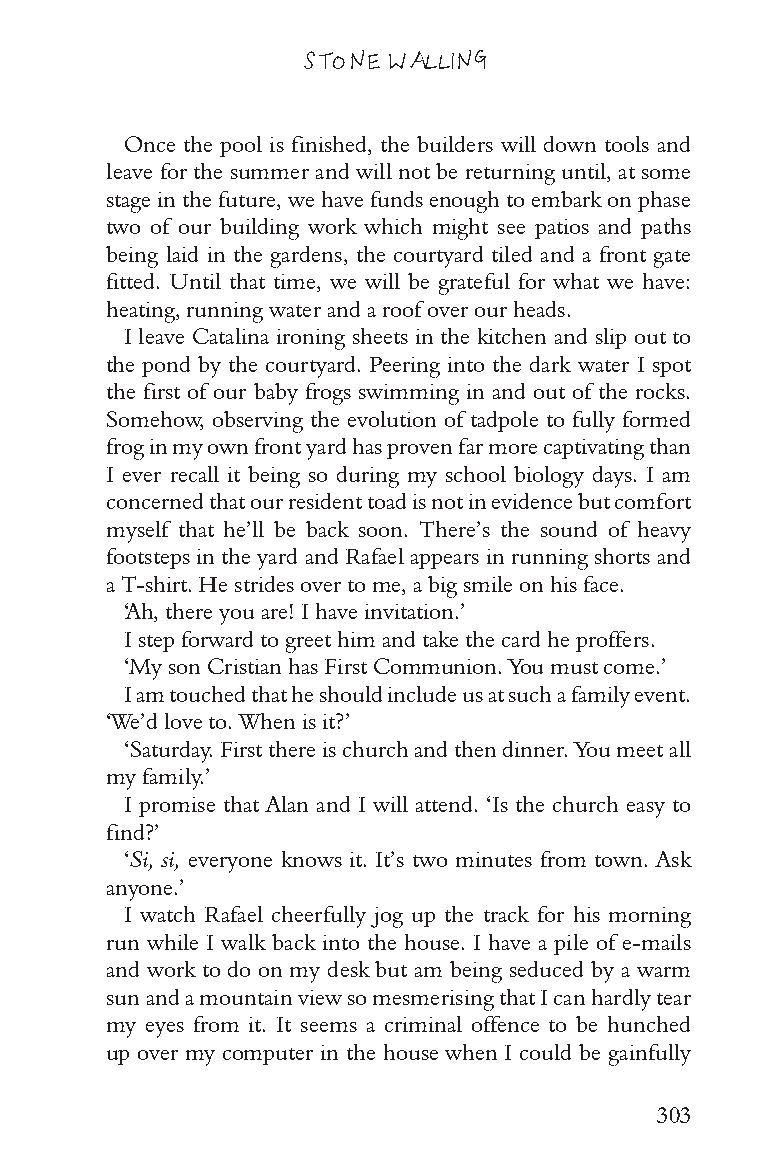
STONE WALLING
 Once the pool is finished, the builders will down tools and
 leave for the summer and will not be returning until, at some
 stage in the future, we have funds enough to embark on phase
 two of our building work which might see patios and paths
 being laid in the gardens, the courtyard tiled and a front gate
 fitted. Until that time, we will be grateful for what we have:
 heating, running water and a roof over our heads.
 I leave Catalina ironing sheets in the kitchen and slip out to
 the pond by the courtyard. Peering into the dark water I spot
 the first of our baby frogs swimming in and out of the rocks.
 Somehow, observing the evolution of tadpole to fully formed
 frog in my own front yard has proven far more captivating than
 I ever recall it being so during my school biology days. I am
 concerned that our resident toad is not in evidence but comfort
 myself that he’ll be back soon. There’s the sound of heavy
 footsteps in the yard and Rafael appears in running shorts and
 a T-shirt. He strides over to me, a big smile on his face.
 ‘Ah, there you are! I have invitation.’
 I step forward to greet him and take the card he proffers.
 ‘My son Cristian has First Communion. You must come.’
 I am touched that he should include us at such a family event.
 ‘We’d love to. When is it?’
 ‘Saturday. First there is church and then dinner. You meet all
 my family.’
 I promise that Alan and I will attend. ‘Is the church easy to
 find?’
 ‘Si, si, everyone knows it. It’s two minutes from town. Ask
 anyone.’
 I watch Rafael cheerfully jog up the track for his morning
 run while I walk back into the house. I have a pile of e-mails
 and work to do on my desk but am being seduced by a warm
 sun and a mountain view so mesmerising that I can hardly tear
 my eyes from it. It seems a criminal offence to be hunched
 up over my computer in the house when I could be gainfully
 303